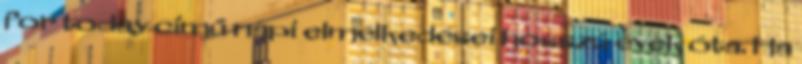
for today című napi elmélkedései hosszú évek óta. Ha